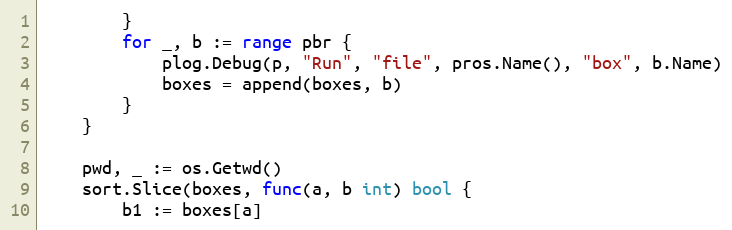
Language: Go
		}
		for _, b := range pbr {
			plog.Debug(p, "Run", "file", pros.Name(), "box", b.Name)
			boxes = append(boxes, b)
		}
	}

	pwd, _ := os.Getwd()
	sort.Slice(boxes, func(a, b int) bool {
		b1 := boxes[a]